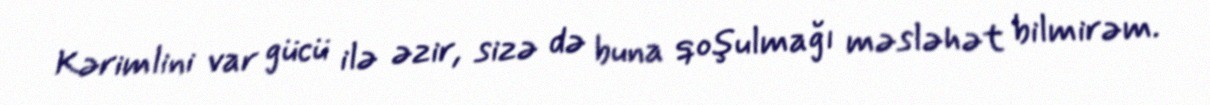
Kərimlini var gücü ilə əzir, sizə də buna qoşulmağı məsləhət bilmirəm.